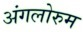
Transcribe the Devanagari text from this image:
अंगलोरुम